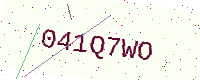
Text: 041Q7WO